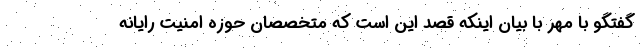
گفتگو با مهر با بیان اینکه قصد این است که متخصصان حوزه امنیت رایانه